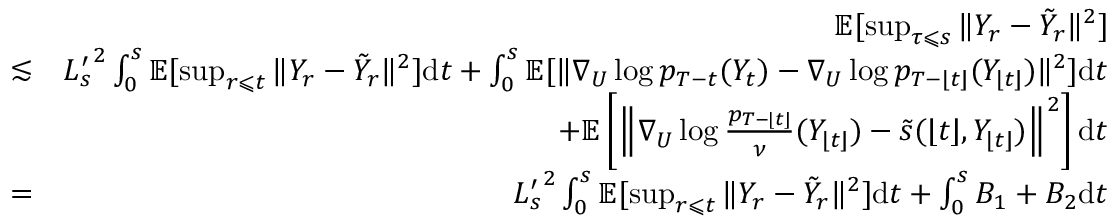
\begin{array} { r l r } & { } & { \mathbb { E } [ \operatorname* { s u p } _ { \tau \leqslant s } \| Y _ { r } - \tilde { Y } _ { r } \| ^ { 2 } ] } \\ & { \lesssim } & { { L _ { s } ^ { \prime } } ^ { 2 } \int _ { 0 } ^ { s } \mathbb { E } [ \operatorname* { s u p } _ { r \leqslant t } \| Y _ { r } - \tilde { Y } _ { r } \| ^ { 2 } ] \mathrm { d } t + \int _ { 0 } ^ { s } \mathbb { E } [ \| \nabla _ { U } \log p _ { T - t } ( Y _ { t } ) - \nabla _ { U } \log p _ { T - \lfloor t \rfloor } ( Y _ { \lfloor t \rfloor } ) \| ^ { 2 } ] \mathrm { d } t } \\ & { } & { + \mathbb { E } \left[ \left\| \nabla _ { U } \log \frac { p _ { T - \lfloor t \rfloor } } { \nu } ( Y _ { \lfloor t \rfloor } ) - \tilde { s } ( \lfloor t \rfloor , Y _ { \lfloor t \rfloor } ) \right\| ^ { 2 } \right] \mathrm { d } t } \\ & { = } & { { L _ { s } ^ { \prime } } ^ { 2 } \int _ { 0 } ^ { s } \mathbb { E } [ \operatorname* { s u p } _ { r \leqslant t } \| Y _ { r } - \tilde { Y } _ { r } \| ^ { 2 } ] \mathrm { d } t + \int _ { 0 } ^ { s } B _ { 1 } + B _ { 2 } \mathrm { d } t } \end{array}